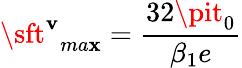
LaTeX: {\sft^{\mathbf{v}}}_{ma\mathbf{x}}=\frac{{32\pit_{0}}}{{\beta_{1}e}}